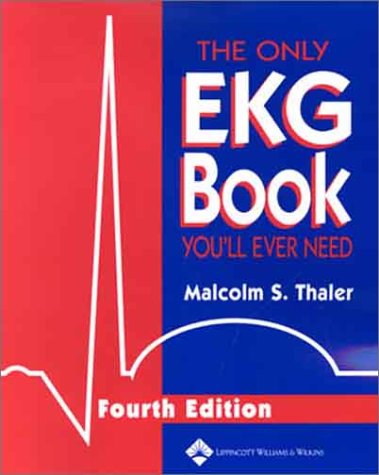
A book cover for The Only Ekg Book You'll Ever Need (4th Edition); Malcolm S. Thaler MD; Medical Books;